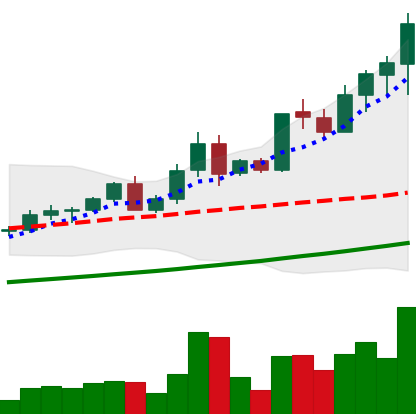
Ticker: LTC-USD
Chart end date: 2021-04-16
Forward return: -16.679%
Label: down_7plus